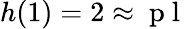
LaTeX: h(1)=2\approx\mathrm{~p~l~}